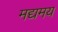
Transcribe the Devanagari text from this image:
मद्यमय